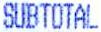
SUBTOTAL